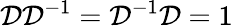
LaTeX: {\cal D}{\cal D}^{-1}={\cal D}^{-1}{\cal D}=1